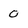
Character: O